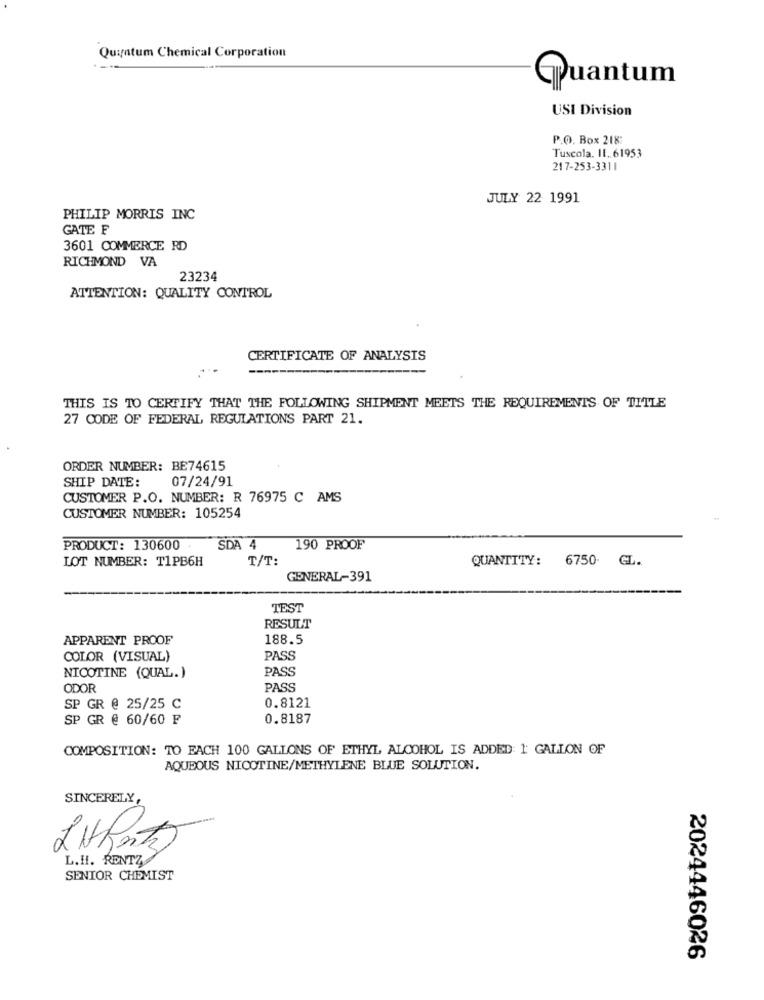
Quintum Chemical Corporation
Puantum
USI Division
P.O. Box 218:
Tuscola. 11. 61953
217-253-3311
JULY 22 1991
PHILIP MORRIS INC
GATE F
3601 COMMERCE RD
RICHMOND VA
23234
ATTENTION: QUALITY CONTROL
CERTIFICATE OF ANALYSIS
--
THIS IS TO CERTIFY THAT THE FOLLOWING SHIPMENT MEETS THE REQUIREMENTS OF TITLE
27 CODE OF FEDERAL REGULATIONS PART 21.
ORDER NUMBER: BE74615
SHIP DATE:
07/24/91
CUSTOMER P.O. NUMBER: R 76975 C AMS
CUSTOMER NUMBER: 105254
PRODUCT: 130600
SDA 4
190 PROOF
LOT NUMBER: T1PB6H
T/T:
QUANTITY:
6750. GL.
GENERAL-391
TEST
RESULT
APPARENT PROOF
188.5
COLOR (VISUAL)
PASS
PASS
NICOTINE (QUAL.)
ODOR
PASS
SP GR @ 25/25 C
0.8121
SP GR @ 60/60 F
0.8187
COMPOSITION: TO EACH 100 GALLONS OF ETHYL ALCOHOL IS ADDED: 1 GALLON OF
AQUEOUS NICOTINE/METHYLENE BLUE SOLUTION.
SINCERELY,
L.HI. RENTZ
SENIOR CHEMIST
2024446026